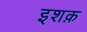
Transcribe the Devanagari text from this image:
इशक़